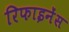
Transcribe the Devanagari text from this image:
रिफाइनेंस